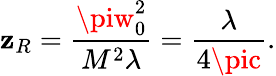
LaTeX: \mathbf{z}_{R}=\frac{{\piw_{0}^{2}}}{{M^{2}\lambda}}=\frac{{\lambda}}{{4\pic}}.